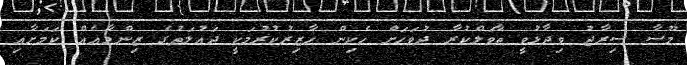
މޫސާ ސިރާޖު ވިދާޅުވީ ތާވަލްކުރާ ދުވަހަށް ހެކިން ހާޒިރުކުރުމަކީ ދައުލަތުގެ ޒިންމާއެއް ކަމަށާއި